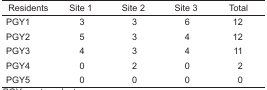
<table><thead><tr><td><b>Residents</b></td><td><b>Site 1</b></td><td><b>Site 2</b></td><td><b>Site 3</b></td><td><b>Total</b></td></tr></thead><tbody><tr><td>PGY1</td><td>3</td><td>3</td><td>6</td><td>12</td></tr><tr><td>PGY2</td><td>5</td><td>3</td><td>4</td><td>12</td></tr><tr><td>PGY3</td><td>4</td><td>3</td><td>4</td><td>11</td></tr><tr><td>PGY4</td><td>0</td><td>2</td><td>0</td><td>2</td></tr><tr><td>PGY5</td><td>0</td><td>0</td><td>0</td><td>0</td></tr></tbody></table>